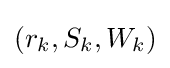
(r_{k},S_{k},W_{k})